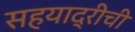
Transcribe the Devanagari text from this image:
सहयाद्रीची